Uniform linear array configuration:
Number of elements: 4
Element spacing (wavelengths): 0.75
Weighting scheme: exponential
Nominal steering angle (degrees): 60
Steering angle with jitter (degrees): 58.702
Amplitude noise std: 0.05
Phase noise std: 0.05

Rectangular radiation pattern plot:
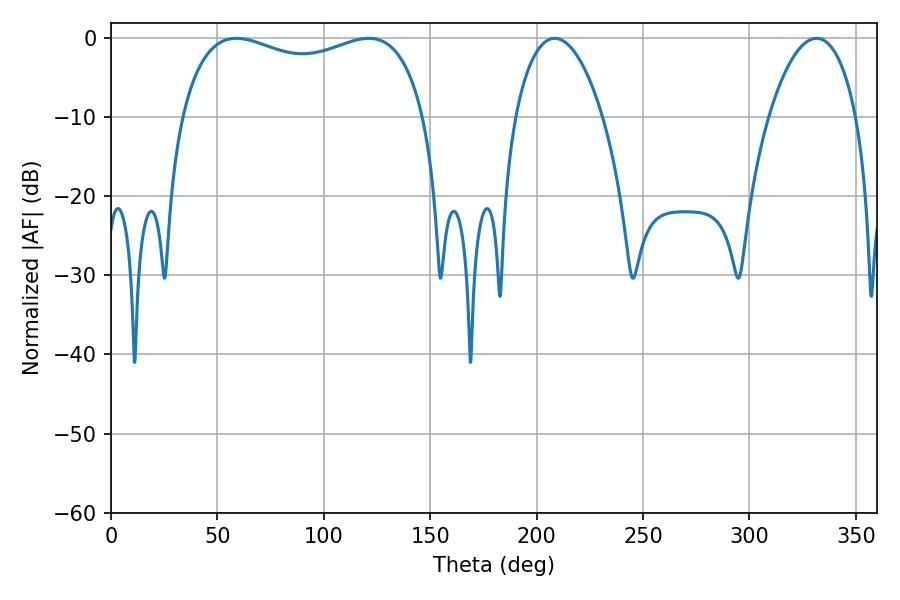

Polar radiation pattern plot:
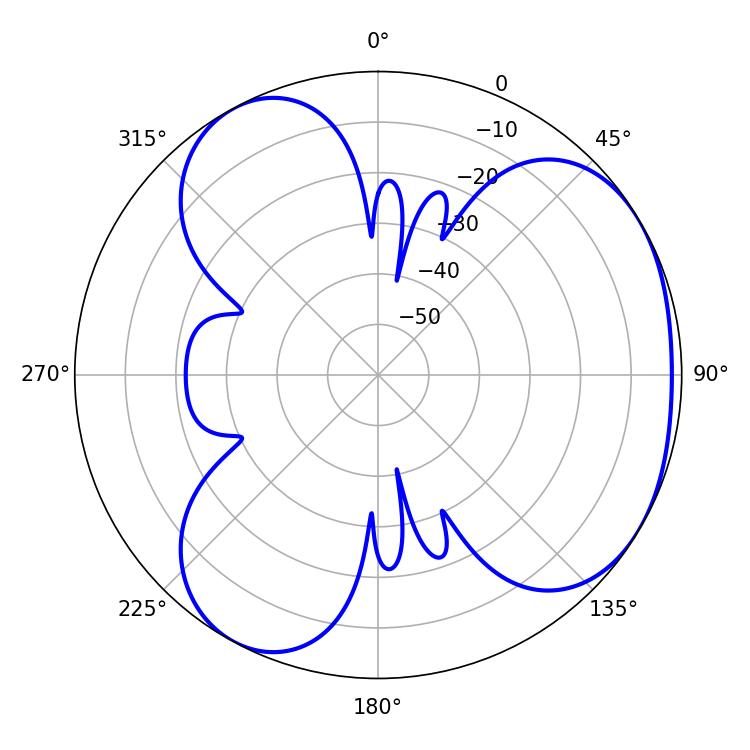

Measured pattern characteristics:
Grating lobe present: TRUE
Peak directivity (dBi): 3.841
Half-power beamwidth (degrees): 94.32
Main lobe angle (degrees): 58.86